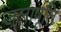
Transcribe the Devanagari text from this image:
जलापूति